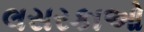
લસરકાઓ